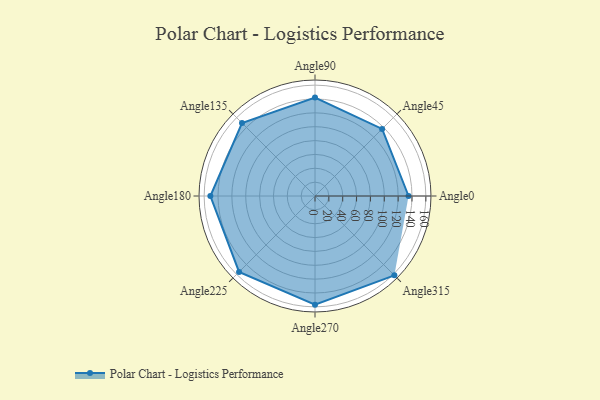
{"axis": {"x": "Angle", "y": "Radius"}, "legend": [""], "data": [{"x": "Angle0", "y": 135.0, "type": ""}, {"x": "Angle45", "y": 137.0, "type": ""}, {"x": "Angle90", "y": 142.0, "type": ""}, {"x": "Angle135", "y": 149.0, "type": ""}, {"x": "Angle180", "y": 151.0, "type": ""}, {"x": "Angle225", "y": 155.0, "type": ""}, {"x": "Angle270", "y": 157.0, "type": ""}, {"x": "Angle315", "y": 162.0, "type": ""}]}